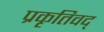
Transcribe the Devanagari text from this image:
प्रकृतिवद्